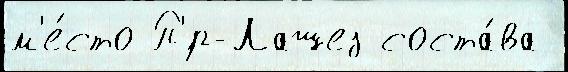
м'е́сто П'́р-Лашез соста́ва